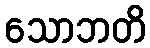
သောဘတိ